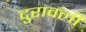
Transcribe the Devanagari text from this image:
दुरावली